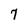
Character: 7